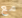
مع